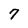
Character: 7